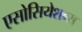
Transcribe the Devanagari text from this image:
एसोसियेशन्स